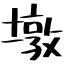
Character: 墩